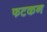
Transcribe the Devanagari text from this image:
फटकन